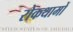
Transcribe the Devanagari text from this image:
रोकथामों